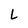
Character: L